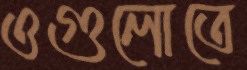
ওগুলোতে